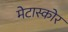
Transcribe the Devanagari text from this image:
मेटास्कोर